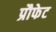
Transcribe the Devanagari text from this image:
प्रौफेट